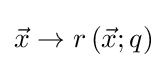
{\vec {x}}\to r\left({\vec {x}};q\right)